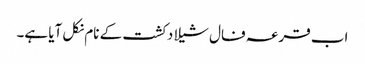
اب قرعہ فال شیلا دکشت کے نام نکل آیا ہے۔